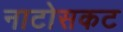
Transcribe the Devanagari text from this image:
नाटोसकट